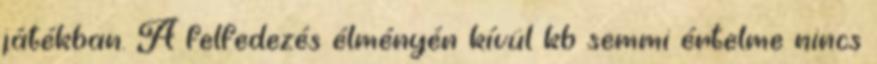
játékban. A felfedezés élményén kívül kb semmi értelme nincs